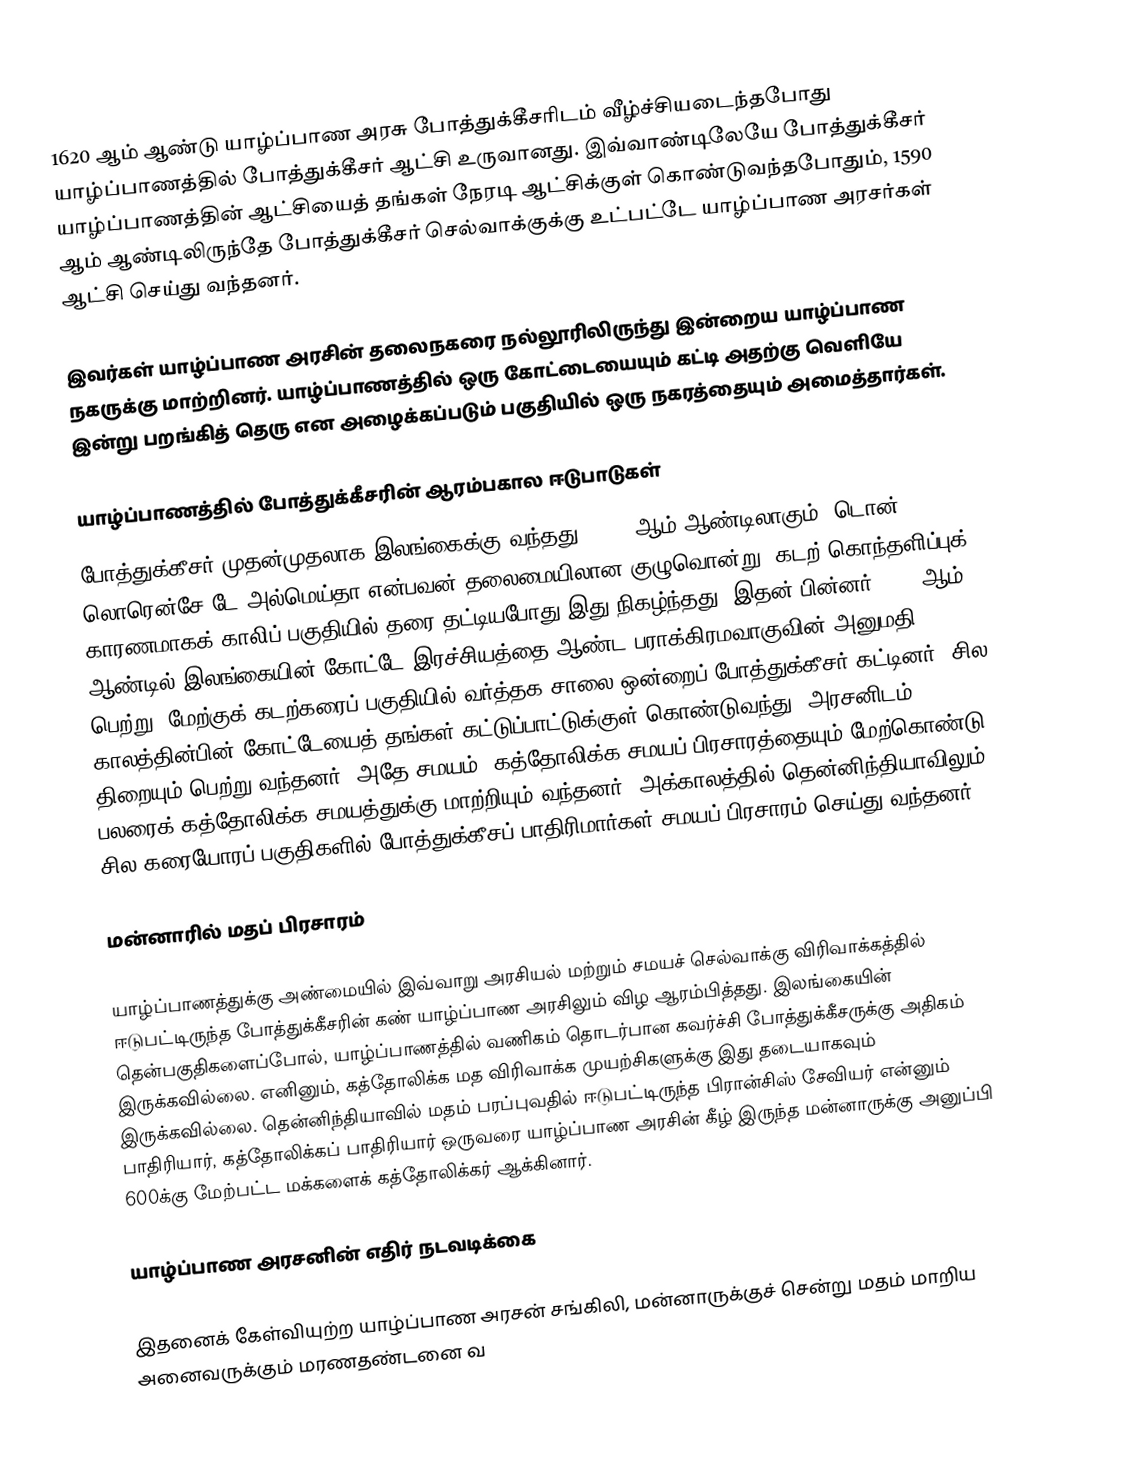
1620 ஆம் ஆண்டு யாழ்ப்பாண அரசு போத்துக்கீசரிடம் வீழ்ச்சியடைந்தபோது யாழ்ப்பாணத்தில் போத்துக்கீசர் ஆட்சி உருவானது. இவ்வாண்டிலேயே போத்துக்கீசர் யாழ்ப்பாணத்தின் ஆட்சியைத் தங்கள் நேரடி ஆட்சிக்குள் கொண்டுவந்தபோதும், 1590 ஆம் ஆண்டிலிருந்தே போத்துக்கீசர் செல்வாக்குக்கு உட்பட்டே யாழ்ப்பாண அரசர்கள் ஆட்சி செய்து வந்தனர்.

இவர்கள் யாழ்ப்பாண அரசின் தலைநகரை நல்லூரிலிருந்து இன்றைய யாழ்ப்பாண நகருக்கு மாற்றினர். யாழ்ப்பாணத்தில் ஒரு கோட்டையையும் கட்டி அதற்கு வெளியே இன்று பறங்கித் தெரு என அழைக்கப்படும் பகுதியில் ஒரு நகரத்தையும் அமைத்தார்கள்.

யாழ்ப்பாணத்தில் போத்துக்கீசரின் ஆரம்பகால ஈடுபாடுகள்
போத்துக்கீசர் முதன்முதலாக இலங்கைக்கு வந்தது, 1505 ஆம் ஆண்டிலாகும். டொன் லொரென்சே டே அல்மெய்தா என்பவன் தலைமையிலான குழுவொன்று, கடற் கொந்தளிப்புக் காரணமாகக் காலிப் பகுதியில் தரை தட்டியபோது இது நிகழ்ந்தது. இதன் பின்னர் 1518 ஆம் ஆண்டில் இலங்கையின் கோட்டே இரச்சியத்தை ஆண்ட பராக்கிரமவாகுவின் அனுமதி பெற்று, மேற்குக் கடற்கரைப் பகுதியில் வர்த்தக சாலை ஒன்றைப் போத்துக்கீசர் கட்டினர். சில காலத்தின்பின் கோட்டேயைத் தங்கள் கட்டுப்பாட்டுக்குள் கொண்டுவந்து, அரசனிடம் திறையும் பெற்று வந்தனர். அதே சமயம், கத்தோலிக்க சமயப் பிரசாரத்தையும் மேற்கொண்டு, பலரைக் கத்தோலிக்க சமயத்துக்கு மாற்றியும் வந்தனர். அக்காலத்தில் தென்னிந்தியாவிலும் சில கரையோரப் பகுதிகளில் போத்துக்கீசப் பாதிரிமார்கள் சமயப் பிரசாரம் செய்து வந்தனர்.

மன்னாரில் மதப் பிரசாரம்

யாழ்ப்பாணத்துக்கு அண்மையில் இவ்வாறு அரசியல் மற்றும் சமயச் செல்வாக்கு விரிவாக்கத்தில் ஈடுபட்டிருந்த போத்துக்கீசரின் கண் யாழ்ப்பாண அரசிலும் விழ ஆரம்பித்தது. இலங்கையின் தென்பகுதிகளைப்போல், யாழ்ப்பாணத்தில் வணிகம் தொடர்பான கவர்ச்சி போத்துக்கீசருக்கு அதிகம் இருக்கவில்லை. எனினும், கத்தோலிக்க மத விரிவாக்க முயற்சிகளுக்கு இது தடையாகவும் இருக்கவில்லை. தென்னிந்தியாவில் மதம் பரப்புவதில் ஈடுபட்டிருந்த பிரான்சிஸ் சேவியர் என்னும் பாதிரியார், கத்தோலிக்கப் பாதிரியார் ஒருவரை யாழ்ப்பாண அரசின் கீழ் இருந்த மன்னாருக்கு அனுப்பி 600க்கு மேற்பட்ட மக்களைக் கத்தோலிக்கர் ஆக்கினார்.

யாழ்ப்பாண அரசனின் எதிர் நடவடிக்கை

இதனைக் கேள்வியுற்ற யாழ்ப்பாண அரசன் சங்கிலி, மன்னாருக்குச் சென்று மதம் மாறிய அனைவருக்கும் மரணதண்டனை வ